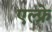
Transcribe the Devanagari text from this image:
एल्फ्रे